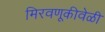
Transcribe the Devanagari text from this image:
मिरवणूकीवेळी